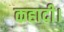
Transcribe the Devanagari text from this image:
कहादी।